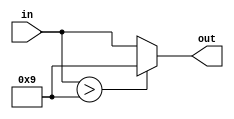
module Converter(in, out);
	input [3:0] in;
	output reg [3:0] out;
	
	always @(*) begin
		if (in > 4'b1001) begin
			out = 4'b1001;
		end
		else begin
			out = in;
		end
	end
endmodule